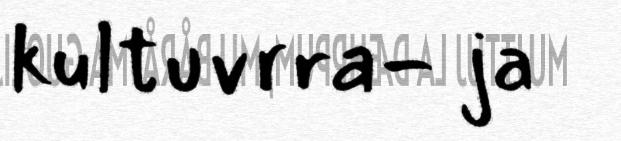
kultuvrra- ja